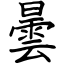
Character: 曇